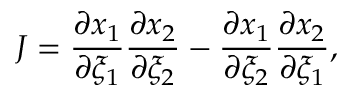
J = \frac { \partial x _ { 1 } } { \partial \xi _ { 1 } } \frac { \partial x _ { 2 } } { \partial \xi _ { 2 } } - \frac { \partial x _ { 1 } } { \partial \xi _ { 2 } } \frac { \partial x _ { 2 } } { \partial \xi _ { 1 } } ,